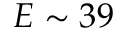
E \sim 3 9